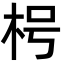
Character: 枵